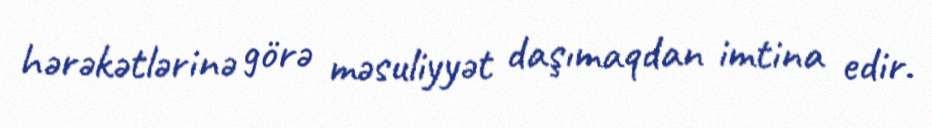
hərəkətlərinə görə məsuliyyət daşımaqdan imtina edir.